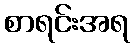
စာရင်းအရ